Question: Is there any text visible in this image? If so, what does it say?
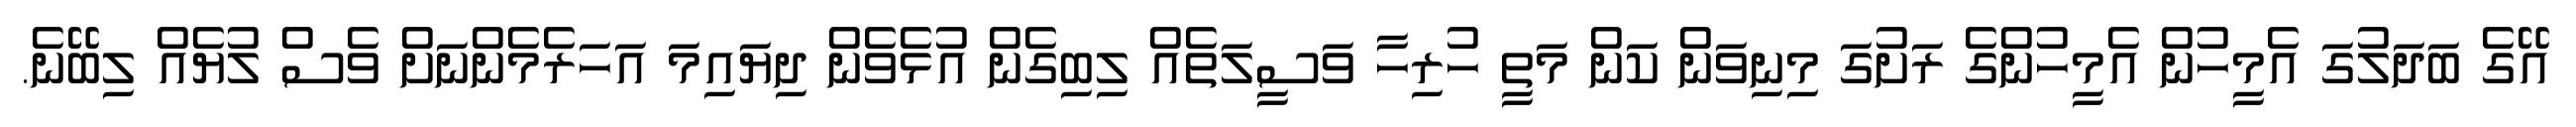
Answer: އޭގެ ބަދަލުގަ އެމީހުން އެމީހުންގެ ރަށުގަ މިނިވަން ކަން މަތީ ހުރިހާ ވަސީލަތެއް ލިބިގެން އުޅެވެން ދިޔައިމަ އަހަރެމެންނަށް ވެސް ލުޔެއް ލިބޭނެ.